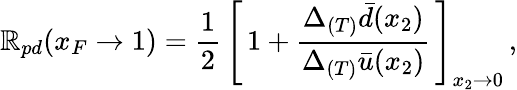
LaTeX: \mathbb{R}_{pd}(x_{F}\rightarrow1)=\frac{{1}}{{2}}\, \left[\, 1+\frac{{\Delta_{(T)}\bar{{d}}(x_{2})}}{{\Delta_{(T)}\bar{{u}}(x_{2})}}\, \right]_{x_{2}\rightarrow0}\, ,